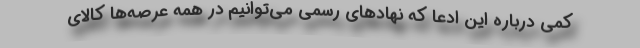
کمی درباره این ادعا که نهادهای رسمی می‌توانیم در همه عرصه‌ها کالای